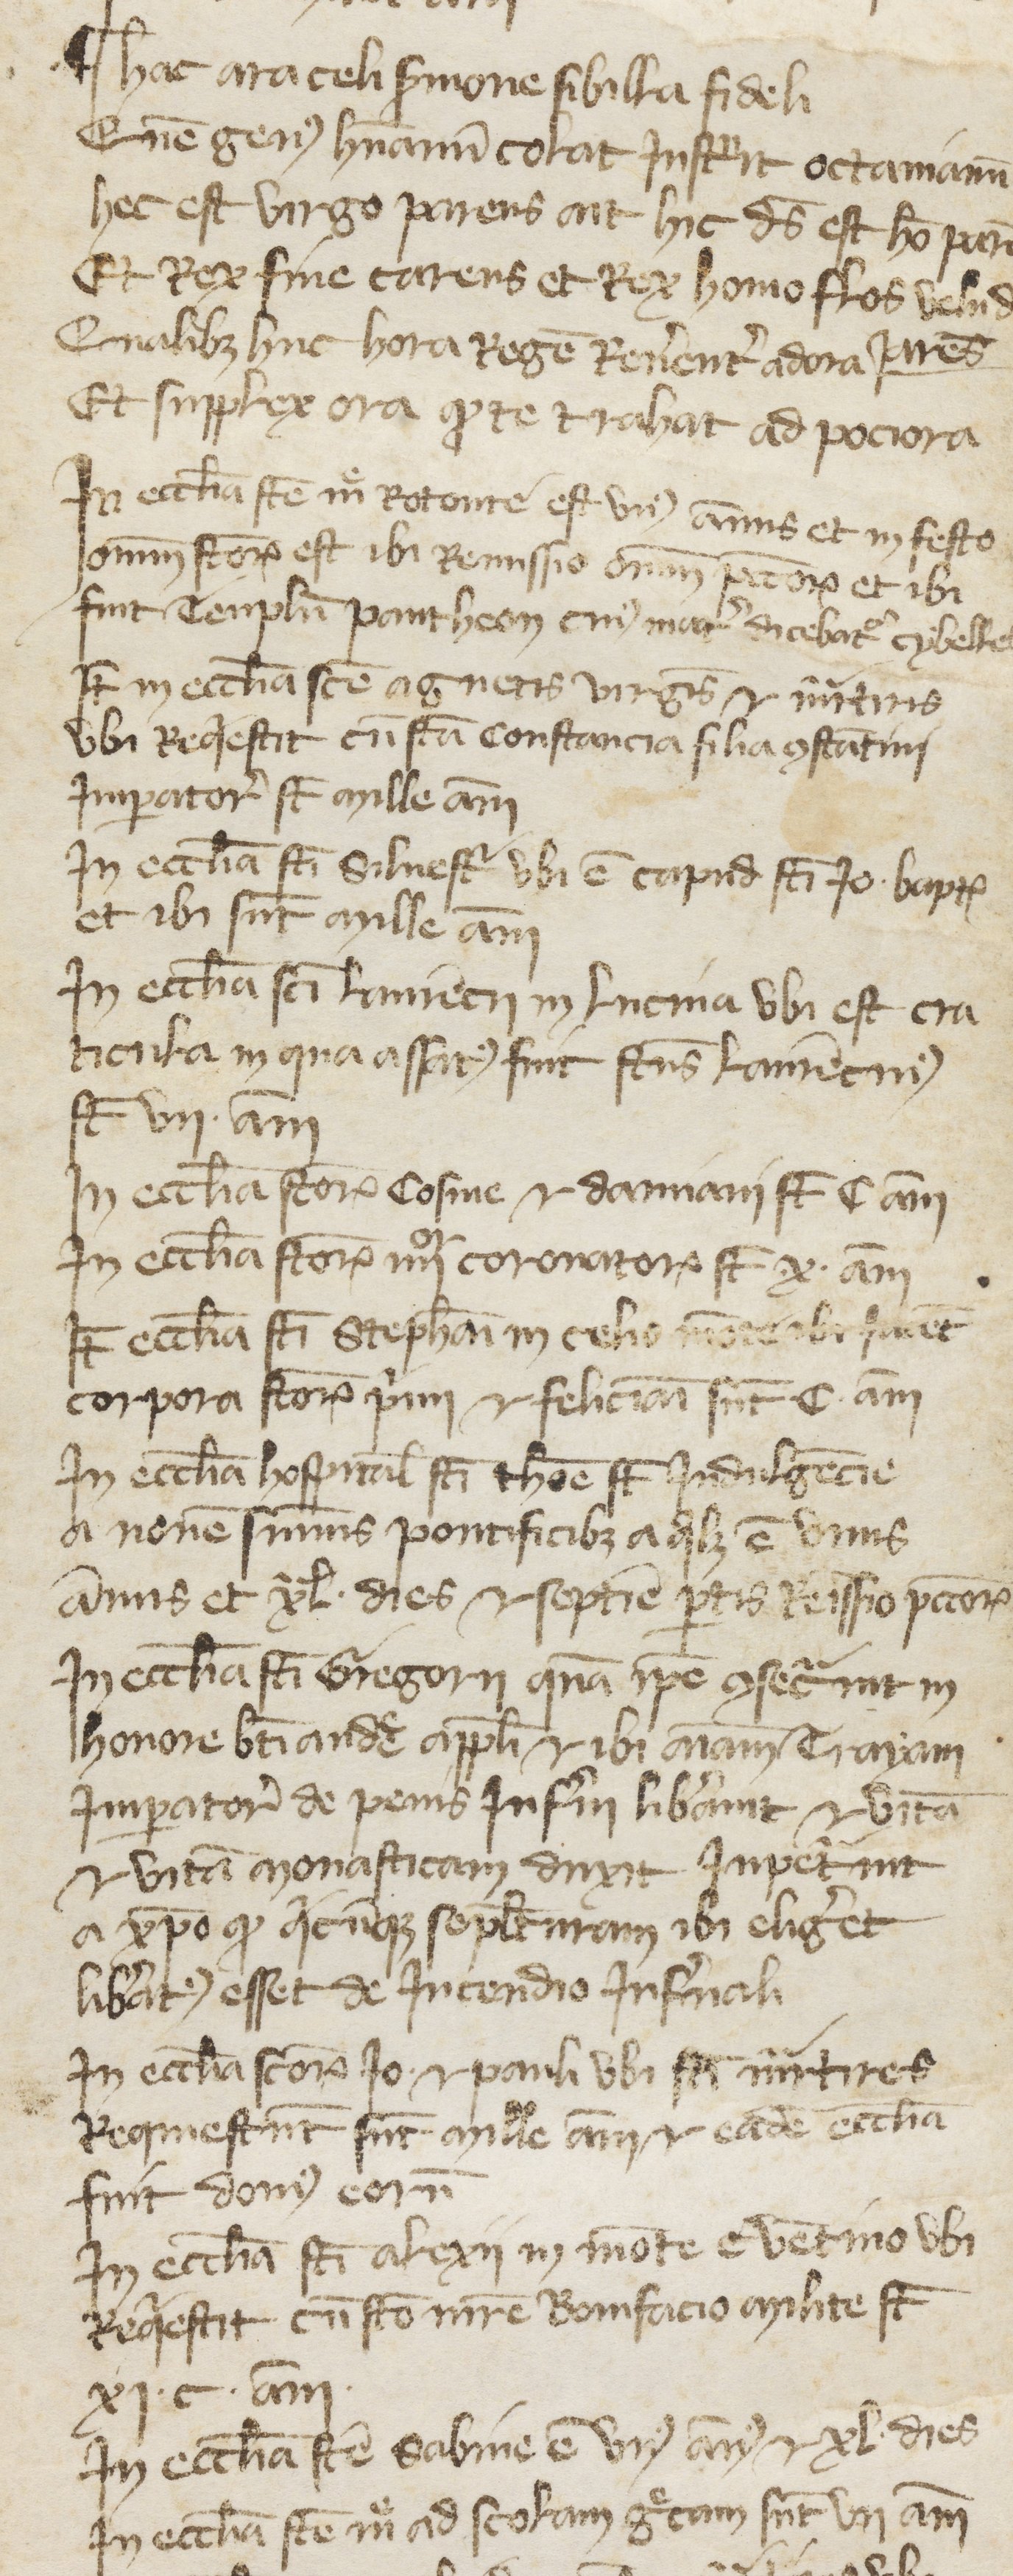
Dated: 1380–1399